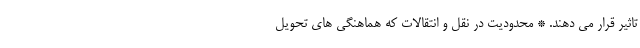
تاثیر قرار می دهند. * محدودیت در نقل و انتقالات که هماهنگی های تحویل